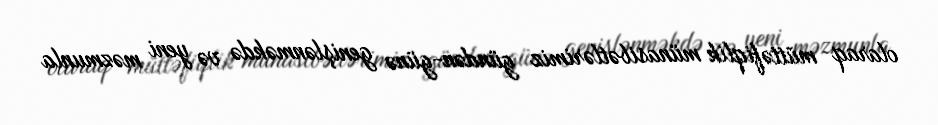
olaraq müttəfiqlik münasibətlərimiz gündən-günə genişlənməkdə və yeni məzmunla